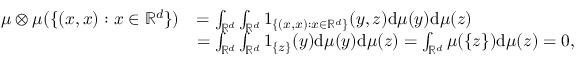
\begin{array} { r l } { \mu \otimes \mu ( \{ ( x , x ) : x \in \mathbb { R } ^ { d } \} ) } & { = \int _ { \mathbb { R } ^ { d } } \int _ { \mathbb { R } ^ { d } } 1 _ { \{ ( x , x ) : x \in \mathbb { R } ^ { d } \} } ( y , z ) \mathrm { d } \mu ( y ) \mathrm { d } \mu ( z ) } \\ & { = \int _ { \mathbb { R } ^ { d } } \int _ { \mathbb { R } ^ { d } } 1 _ { \{ z \} } ( y ) \mathrm { d } \mu ( y ) \mathrm { d } \mu ( z ) = \int _ { \mathbb { R } ^ { d } } \mu ( \{ z \} ) \mathrm { d } \mu ( z ) = 0 , } \end{array}